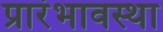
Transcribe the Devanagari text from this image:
प्रारंभावस्था